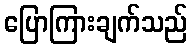
ပြောကြားချက်သည်